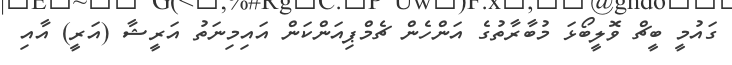
ގައުމީ ބީޗް ވޮލީބޯޅަ މުބާރާތުގެ އަންހެން ޗެމްޕިއަންކަން އައިމިނަތު އަރީޝާ (އަރީ) އާއި